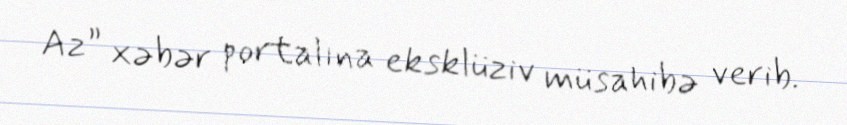
Az” xəbər portalına eksklüziv müsahibə verib.